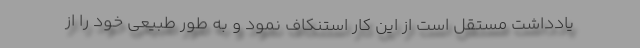
یادداشت مستقل است از این کار استنکاف نمود و به طور طبیعی خود را از